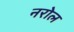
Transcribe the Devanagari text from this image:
नरोल